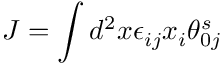
J = \int d ^ { 2 } x \epsilon _ { i j } x _ { i } \theta _ { 0 j } ^ { s }